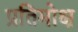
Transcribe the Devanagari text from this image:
प्रतिमोक्ष